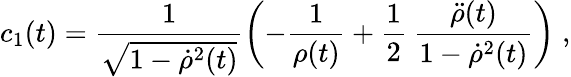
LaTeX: c_{1}(t)=\frac{1}{\sqrt{1-{\dot{\rho}}^{2}(t)}}\left(-\frac{1}{\rho(t)}+\frac{1}{2}\: \frac{{\ddot{\rho}}(t)}{1-{\dot{\rho}}^{2}(t)}\right)\; ,